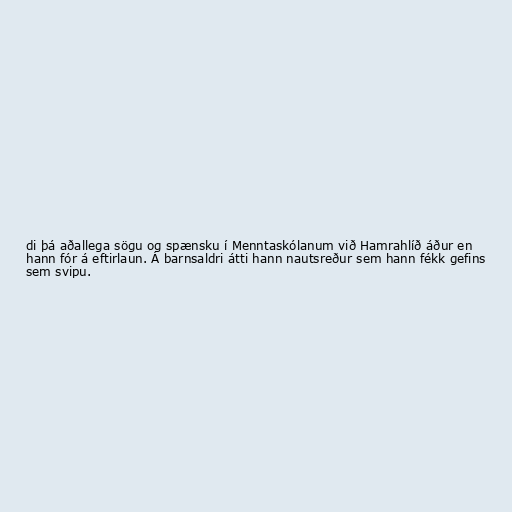
di þá aðallega sögu og spænsku í Menntaskólanum við Hamrahlíð áður en
hann fór á eftirlaun. Á barnsaldri átti hann nautsreður sem hann fékk gefins
sem svipu.